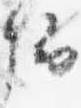
卿